Report on vaccination in the Province of Bengal - 1869-1873
Year: 1869
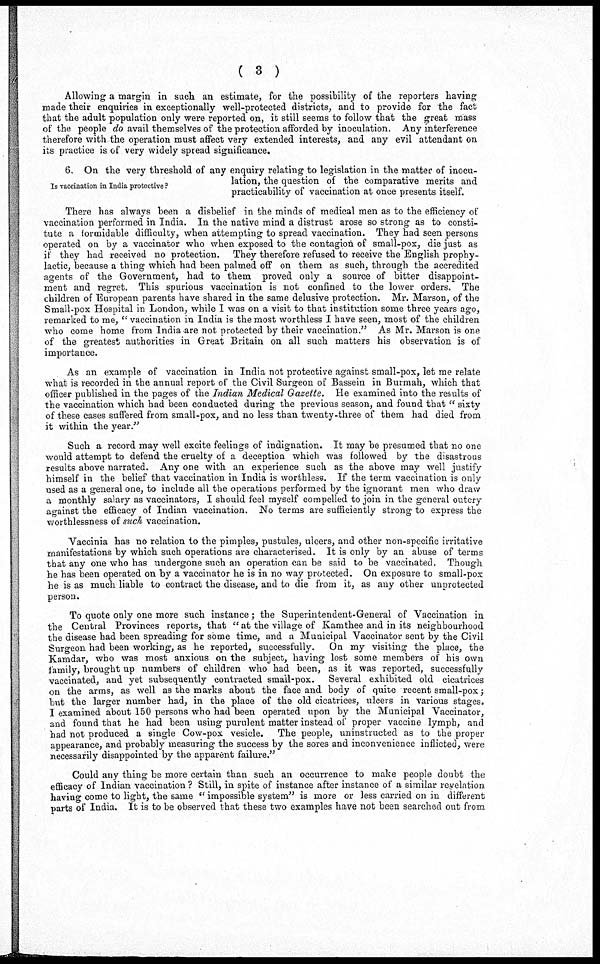
( 3 )
Allowing a margin in such an estimate, for the possibility of the reporters having
made their enquiries in exceptionally well-protected districts, and to provide for the fact
that the adult population only were reported on, it still seems to follow that the great mass
of the people do avail themselves of the protection afforded by inoculation. Any interference
therefore with the operation must affect very extended interests, and any evil attendant on
its practice is of very widely spread significance.
Is vaccination in India protective ?
6. On the very threshold of any enquiry relating to legislation in the matter of inocu-
lation, the question of the comparative merits and
practicability of vaccination at once presents itself.
There has always been a disbelief in the minds of medical men as to the efficiency of
vaccination performed in India. In the native mind a distrust arose so strong as to consti-
tute a formidable difficulty, when attempting to spread vaccination. They had seen persons
operated on by a vaccinator who when exposed to the contagion of small-pox, die just as
it they had received no protection. They therefore refused to receive the English prophy-
lactic, because a thing which had been palmed off on them as such, through the accredited
agents of the Government, had to them proved only a source of bitter disappoint-
ment and regret. This spurious vaccination is not confined to the lower orders. The
children of European parents have shared in the same delusive protection. Mr. Marson, of the
Small-pox Hospital in London, while I was on a visit to that institution some three years ago,
remarked to me, " vaccination in India is the most worthless I have seen, most of the children
who come home from India are not protected by their vaccination." As Mr. Marson is one
of the greatest authorities in Great Britain on all such matters his observation is of
importance.
As an example of vaccination in India not protective against small-pox, let me relate
what is recorded in the annual report of the Civil Surgeon of Bassein in Burmah, which that
officer published in the pages of the Indian Medical Gazette. He examined into the results of
the vaccination which had been conducted during the previous season, and found that " sixty
of these cases suffered from small-pox, and no less than twenty-three of them had died from
it within the year."
Such a record may well excite feelings of indignation. It may be presumed that no one
would attempt to defend the cruelty of a deception which was followed by the disastrous
results above narrated. Any one with an experience such as the above may well justify
himself in the belief that vaccination in India is worthless. If the term vaccination is only
used as a general one, to include all the operations performed by the ignorant men who draw
a monthly salary as vaccinators, I should feel myself compelled to join in the general outcry
against the efficacy of Indian vaccination. No terms are sufficiently strong to express the
worthlessness of such vaccination.
Vaccinia has no relation to the pimples, pustules, ulcers, and other non-specific irritative
manifestations by which such operations are characterised. It is only by an abuse of terms
that any one who has undergone such an operation can be said to be vaccinated. Though
he has been operated on. by a vaccinator he is in no way protected. On exposure to small-pox
he is as much liable to contract the disease, and to die from it, as any other unprotected
person.
To quote only one more such instance; the Superintendent-General of Vaccination in
the Central Provinces reports, that " at the village of Kamthee and in its neighbourhood
the disease had been spreading for some time, and a Municipal Vaccinator sent by the Civil
Surgeon had been working, as he reported, successfully.
On my visiting the place, the
Kamdar, who was most anxious on the subject, having lost some members of his own
family, brought up numbers of children who had been, as it was reported, successfully
vaccinated, and yet subsequently contracted small-pox. Several exhibited old cicatrices
on the arms, as well as the marks about the face and body of quite recent small-pox;
but the larger number had, in the place of the old cicatrices, ulcers in various stages.
I examined about 150 persons who had been operated upon by the Municipal Vaccinator,
and found that he had been using purulent matter instead of proper vaccine lymph, and
had not produced a single Cow-pox vesicle. The people, uninstructed as to the proper
appearance, and probably measuring the success by the sores and inconvenience inflicted, were
necessarily disappointed by the apparent failure."
Could any thing be more certain than such an occurrence to make people doubt the
efficacy of Indian vaccination ? Still, in spite of instance after instance of a similar revelation
having come to light, the same " impossible system" is more or less carried on in different
parts of India. It is to be observed that these two examples have not been searched out from